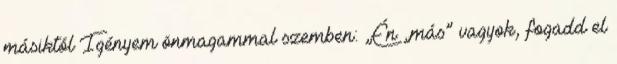
másiktól Igényem önmagammal szemben: „Én „más” vagyok, fogadd el